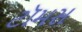
ટૉમસ